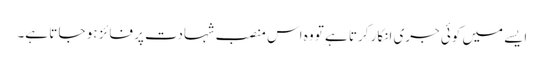
ایسے میں کوئی جری انکار کرتا ہے تو وہ اس منصب شہادت پر فائز ہو جا تا ہے۔